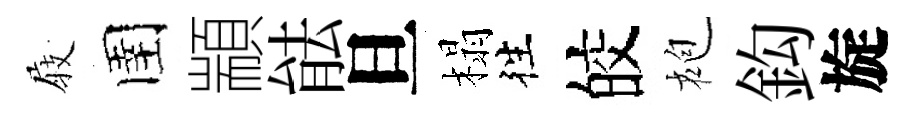
𡲆圉顓䏻旦榻徃皎袍鈎旋